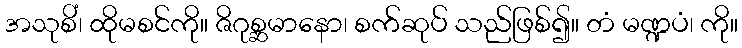
အသုစိံ၊ ထိုမစင်ကို။ ဇိဂုစ္ဆမာနော၊ စက်ဆုပ် သည်ဖြစ်၍။ တံ မဏ္ဍပံ၊ ကို။